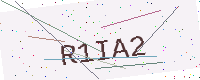
Text: R1IA2